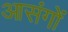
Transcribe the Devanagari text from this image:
आसंगों